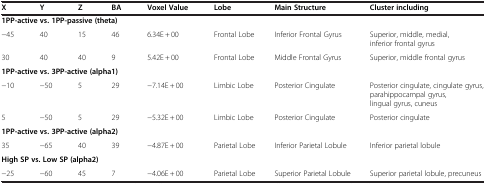
| X | Y | Z | BA | Voxel Value | Lobe | Main Structure | Cluster including |
 | --- | --- | --- | --- | --- | --- | --- | --- |
 | <COLSPAN=5> 1PP-active vs. 1PP-passive (theta) |  |  |  |
 | −45 | 40 | 15 | 46 | 6.34E + 00 | Frontal Lobe | Inferior Frontal Gyrus | Superior, middle, medial, inferior frontal gyrus |
 | 30 | 40 | 40 | 9 | 5.42E + 00 | Frontal Lobe | Middle Frontal Gyrus | Superior, middle frontal gyrus |
 | <COLSPAN=5> 1PP-active vs. 3PP-active (alpha1) |  |  |  |
 | −10 | −50 | 5 | 29 | −7.14E + 00 | Limbic Lobe | Posterior Cingulate | Posterior cingulate, cingulate gyrus, parahippocampal gyrus, lingual gyrus, cuneus |
 | 5 | −50 | 5 | 29 | −5.32E + 00 | Limbic Lobe | Posterior Cingulate | Posterior cingulate |
 | <COLSPAN=5> 1PP-active vs. 3PP-active (alpha2) |  |  |  |
 | 35 | −65 | 40 | 39 | −4.87E + 00 | Parietal Lobe | Inferior Parietal Lobule | Inferior parietal lobule |
 | <COLSPAN=5> High SP vs. Low SP (alpha2) |  |  |  |
 | −25 | −60 | 45 | 7 | −4.06E + 00 | Parietal Lobe | Superior Parietal Lobule | Superior parietal lobule, precuneus |